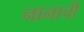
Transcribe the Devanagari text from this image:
नानाची